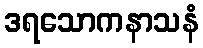
ဒရသောကနာသနံ